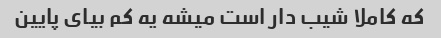
که کاملا شیب دار است میشه یه کم بیای پایین